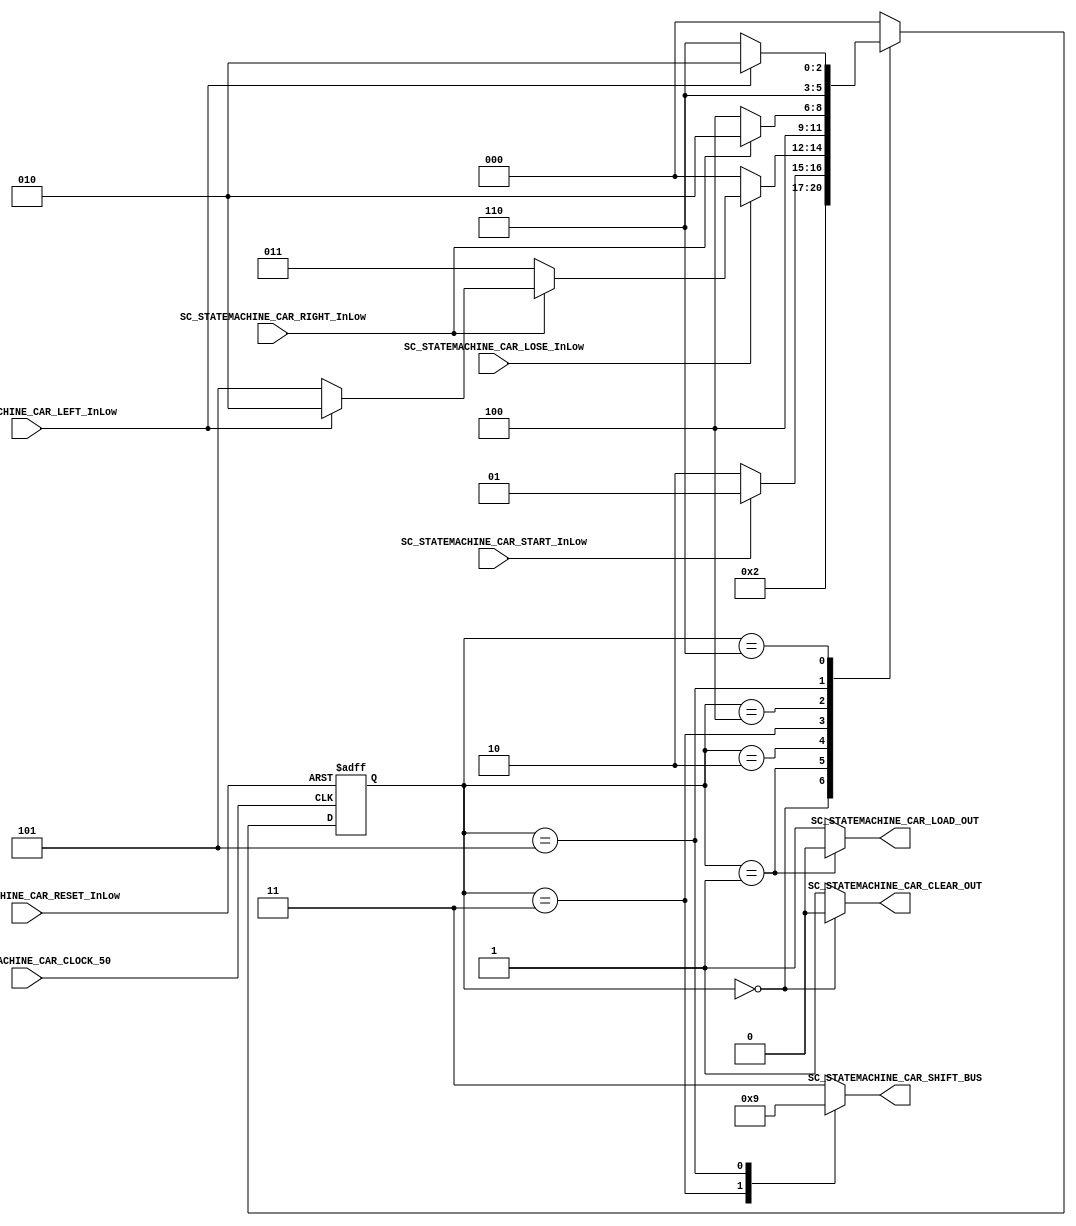

//=======================================================
//  MODULE Definition
//=======================================================

module SC_STATEMACHINE_CAR
(

	SC_STATEMACHINE_CAR_CLOCK_50,
	SC_STATEMACHINE_CAR_RESET_InLow,
	SC_STATEMACHINE_CAR_START_InLow,
	SC_STATEMACHINE_CAR_RIGHT_InLow,
	SC_STATEMACHINE_CAR_LEFT_InLow,
	SC_STATEMACHINE_CAR_LOSE_InLow,
	
	SC_STATEMACHINE_CAR_CLEAR_OUT,
	SC_STATEMACHINE_CAR_LOAD_OUT,
	SC_STATEMACHINE_CAR_SHIFT_BUS

);

//=======================================================
//  PARAMETER declarations
//=======================================================

parameter St_RESET   = 3'b000;
parameter St_START   = 3'b001;
parameter St_READY   = 3'b010;
parameter St_RIGHT_0 = 3'b011;
parameter St_RIGHT_1 = 3'b100;
parameter St_LEFT_0  = 3'b101;
parameter St_LEFT_1	= 3'b110;
		
//=======================================================
//  PORT declarations
//=======================================================
 
input SC_STATEMACHINE_CAR_CLOCK_50;
input	SC_STATEMACHINE_CAR_RESET_InLow;
input	SC_STATEMACHINE_CAR_START_InLow;
input	SC_STATEMACHINE_CAR_RIGHT_InLow;
input	SC_STATEMACHINE_CAR_LEFT_InLow;
input SC_STATEMACHINE_CAR_LOSE_InLow;

output reg SC_STATEMACHINE_CAR_CLEAR_OUT;
output reg SC_STATEMACHINE_CAR_LOAD_OUT;
output reg [1:0] SC_STATEMACHINE_CAR_SHIFT_BUS;

//=======================================================
//  REG/WIRE declarations
//=======================================================

reg [2:0] St_Register;
reg [2:0] St_Signal;

//=======================================================
//  Structural coding
//=======================================================
	
//-------INPUT LOGIC: COMBINATIONAL-----------------------------
// NEXT STATE LOGIC : COMBINATIONAL
	
always @(*)

begin 
	
	case(St_Register)
	
   St_RESET: St_Signal = St_START;

	St_START: if(SC_STATEMACHINE_CAR_START_InLow == 1'b0)
					St_Signal = St_READY;
				else 
					St_Signal = St_START; 

	St_READY: if (SC_STATEMACHINE_CAR_LOSE_InLow == 1'b0)
					St_Signal = St_RESET;
	
				 else if(SC_STATEMACHINE_CAR_RIGHT_InLow == 1'b0)
					St_Signal = St_RIGHT_0;
			
				 else if(SC_STATEMACHINE_CAR_LEFT_InLow == 1'b0)
					St_Signal = St_LEFT_0;	
				
		       else 	
					St_Signal = St_READY;
	
	St_RIGHT_0: St_Signal = St_RIGHT_1;
	
   St_RIGHT_1: if(SC_STATEMACHINE_CAR_RIGHT_InLow == 1'b1)
						St_Signal = St_READY;
				 else
					St_Signal = St_RIGHT_1;
	
	St_LEFT_0: St_Signal = St_LEFT_1; 
	
	St_LEFT_1: if(SC_STATEMACHINE_CAR_LEFT_InLow == 1'b1)
					St_Signal = St_READY;
				 else
					St_Signal = St_LEFT_1;
					
	default: St_Signal = St_RESET;

	endcase
end
	
//-------STATE REGISTER : SEQUENTIAL----------------------------

always @(posedge SC_STATEMACHINE_CAR_CLOCK_50,negedge SC_STATEMACHINE_CAR_RESET_InLow)
	
	if (SC_STATEMACHINE_CAR_RESET_InLow == 1'b0)
		St_Register <= St_RESET;
	else
		St_Register <= St_Signal;
	
//=======================================================
//  Outputs
//=======================================================
//-----------OUTPUT LOGIC : COMBINATIONAL -------------------------	
	
always @(*)
	
begin 
	
	case(St_Register)
	
	St_RESET:
	begin
   SC_STATEMACHINE_CAR_CLEAR_OUT = 1'b0;
   SC_STATEMACHINE_CAR_LOAD_OUT = 1'b1;
   SC_STATEMACHINE_CAR_SHIFT_BUS = 2'b11;
	end
	
	St_START:
	begin
   SC_STATEMACHINE_CAR_CLEAR_OUT = 1'b1;
   SC_STATEMACHINE_CAR_LOAD_OUT = 1'b0;
   SC_STATEMACHINE_CAR_SHIFT_BUS = 2'b11;
	end
	
	St_READY:
	begin
   SC_STATEMACHINE_CAR_CLEAR_OUT = 1'b1;
   SC_STATEMACHINE_CAR_LOAD_OUT = 1'b1;
   SC_STATEMACHINE_CAR_SHIFT_BUS = 2'b11;
	end
	
	St_RIGHT_0:
	begin
   SC_STATEMACHINE_CAR_CLEAR_OUT = 1'b1;
   SC_STATEMACHINE_CAR_LOAD_OUT = 1'b1;
   SC_STATEMACHINE_CAR_SHIFT_BUS = 2'b10;
	end
	
	St_RIGHT_1:
	begin
   SC_STATEMACHINE_CAR_CLEAR_OUT = 1'b1;
   SC_STATEMACHINE_CAR_LOAD_OUT = 1'b1;
   SC_STATEMACHINE_CAR_SHIFT_BUS = 2'b11;
	end
	
	St_LEFT_0:
	begin
   SC_STATEMACHINE_CAR_CLEAR_OUT = 1'b1;
   SC_STATEMACHINE_CAR_LOAD_OUT = 1'b1;
   SC_STATEMACHINE_CAR_SHIFT_BUS = 2'b01;
	end	
	
	St_LEFT_1:
	begin
   SC_STATEMACHINE_CAR_CLEAR_OUT = 1'b1;
   SC_STATEMACHINE_CAR_LOAD_OUT = 1'b1;
   SC_STATEMACHINE_CAR_SHIFT_BUS = 2'b11;
	end

	default :
	begin
   SC_STATEMACHINE_CAR_CLEAR_OUT = 1'b1;
   SC_STATEMACHINE_CAR_LOAD_OUT = 1'b1;
   SC_STATEMACHINE_CAR_SHIFT_BUS = 2'b11;
	end	
	
	endcase
end

endmodule